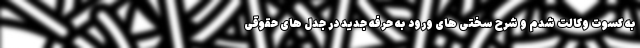
به کسوت وکالت شدم و شرح سختی های ورود به حرفه جدید در جدل های حقوقی